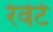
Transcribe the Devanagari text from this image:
रेवेर्टे